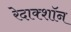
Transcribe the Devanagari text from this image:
रेदाक्शॉन